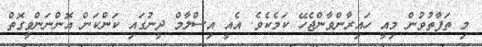
މި ތަފާތުވުން މިއީ ހައިރާންވާންޖެހޭ ކަމެކެވެ. އެއީ އިސްލާމް ދީނުގައި ކަންކަން އޮންނަންވީގޮތް